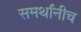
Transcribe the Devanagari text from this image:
समर्थांनीच